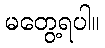
မတွေ့ရပါ။